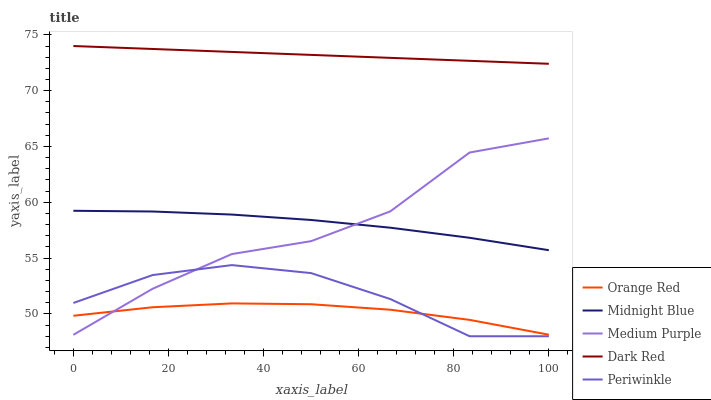
| xaxis_label | Orange Red | Midnight Blue | Medium Purple | Dark Red | Periwinkle |
 | --- | --- | --- | --- | --- | --- |
 | 0 | 49.8 | 59.2 | 48.1 | 74 | 51 |
 | 16.7 | 50.6 | 59.2 | 52.3 | 73.7 | 53.5 |
 | 33.3 | 50.9 | 58.9 | 55.4 | 73.5 | 54.4 |
 | 50 | 50.9 | 58.4 | 56.5 | 73.2 | 53.7 |
 | 66.7 | 50.4 | 57.7 | 59.2 | 72.9 | 51.3 |
 | 83.3 | 49.5 | 56.8 | 64.5 | 72.7 | 48 |
 | 100 | 48.1 | 55.7 | 65.7 | 72.4 | 48 |